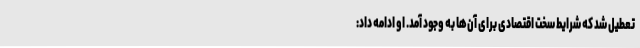
تعطیل شد که شرایط سخت اقتصادی برای آن‌ها به وجود آمد. او ادامه داد: